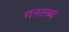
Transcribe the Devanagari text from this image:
गनतब्य